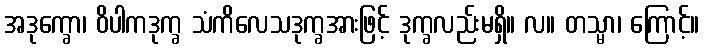
အဒုက္ခော၊ ဝိပါကဒုက္ခ သံကိလေသဒုက္ခအားဖြင့် ဒုက္ခလည်းမရှိ။ လ။ တသ္မာ၊ ကြောင့်။